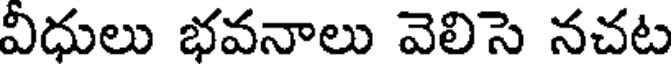
విధులు భవనాలు వెలిసె నచట